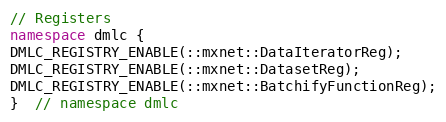
Language: C++
// Registers
namespace dmlc {
DMLC_REGISTRY_ENABLE(::mxnet::DataIteratorReg);
DMLC_REGISTRY_ENABLE(::mxnet::DatasetReg);
DMLC_REGISTRY_ENABLE(::mxnet::BatchifyFunctionReg);
}  // namespace dmlc